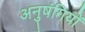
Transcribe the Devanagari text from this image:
अनुषंगियों